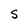
Character: s